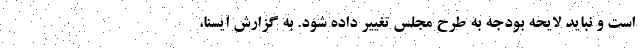
است و نباید لایحه بودجه به طرح مجلس تغییر داده شود. به گزارش ایسنا،